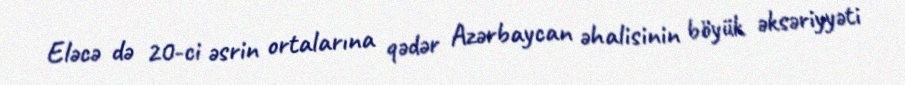
Eləcə də 20-ci əsrin ortalarına qədər Azərbaycan əhalisinin böyük əksəriyyəti